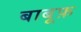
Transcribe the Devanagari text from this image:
बाबूफ़